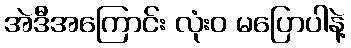
အဲဒီအကြောင်း လုံးဝ မပြောပါနဲ့